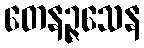
တေနဉ္ဇသေန